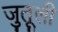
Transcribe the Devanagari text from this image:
जुतूली